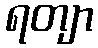
ရတျာ